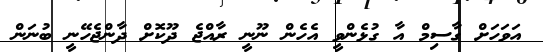
އަވަހަށް ގާސިމް އާ ގުޅެންވީ އެހެން ނޫނީ ރާއްޖެ ދޫކޮށް ދާންޖެހޭނީ ބުނަން